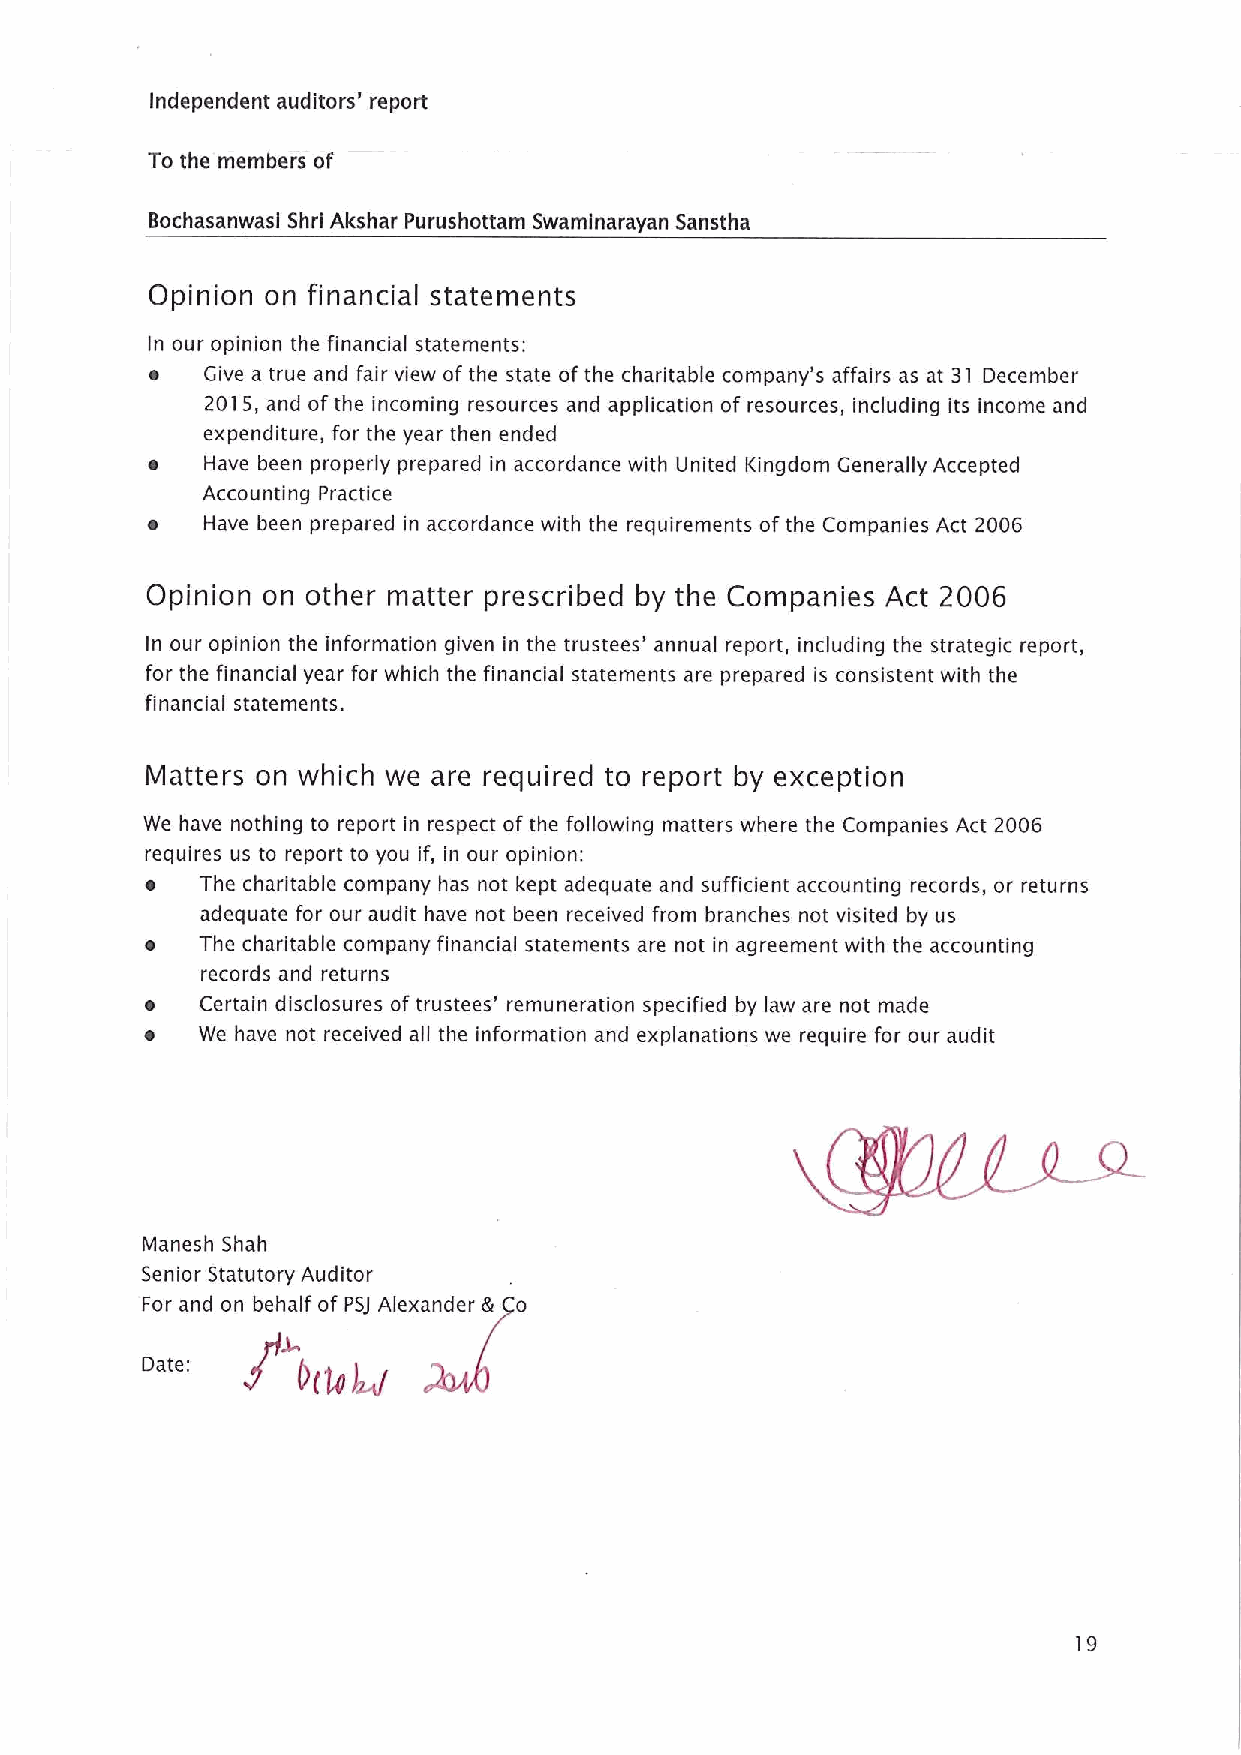
Independent auditors' report
 To the members of
 Bochasanwasl Shrl Akshar Purushottam Swamlnarayan Sanstha
 Opinion on financial statements
 In our opinion the financial statements:
 ~   Give a true and fair view of the state ofthe charitable company's affairs as at 31 December
 2015, and ofthe incoming resources and application of resources, including its income and
 expenditure, for the year then ended
 ~   Have been properly prepared in accordance with United Kingdom Generally Accepted
 Accounting Practice
 ~  Have been prepared in accordance with the requirements of the Companies Act 2006
 Opinion on other matter prescribed by the Companies Act 2006
 In our opinion the information given in the trustees' annual report, including the strategic report,
 for the financial year for which the financial statements are prepared is consistent with the
 financial statements.
 Matters on which we are required to report by exception
 We have nothing to report in respect of the following matters where the Companies Act 2006
 requires us to report to you if, in our opinion:
 ~  The charitable company has not kept adequate and sufficient accounting records„or returns
 adequate for our audit have not been received from branches not visited by us
 ~  The charitable company financial statements are not in agreement with the accounting
 records and returns
 ~  Certain disclosures oftrustees' remuneration specified by law are not made
 ~  We have not received all the information and explanations we require for our audit
 Manesh Shah
 Senior Statutory Auditor
 For and on behalf of PS/ Alexander & o